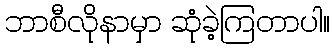
ဘာစီလိုနာမှာ ဆုံခဲ့ကြတာပါ။